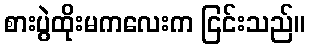
စားပွဲထိုးမကလေးက ငြင်းသည်။